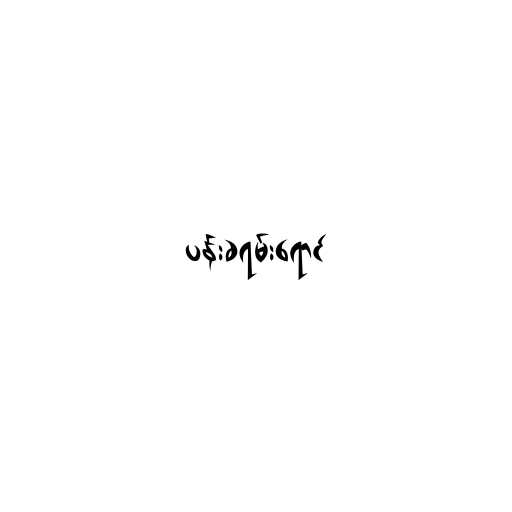
ပန်းခရမ်းရောင်